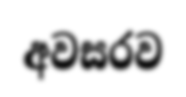
අවසරව